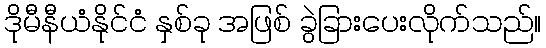
ဒိုမီနီယံနိုင်ငံ နှစ်ခု အဖြစ် ခွဲခြားပေးလိုက်သည်။